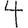
Digit: 4